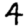
Digit: 4